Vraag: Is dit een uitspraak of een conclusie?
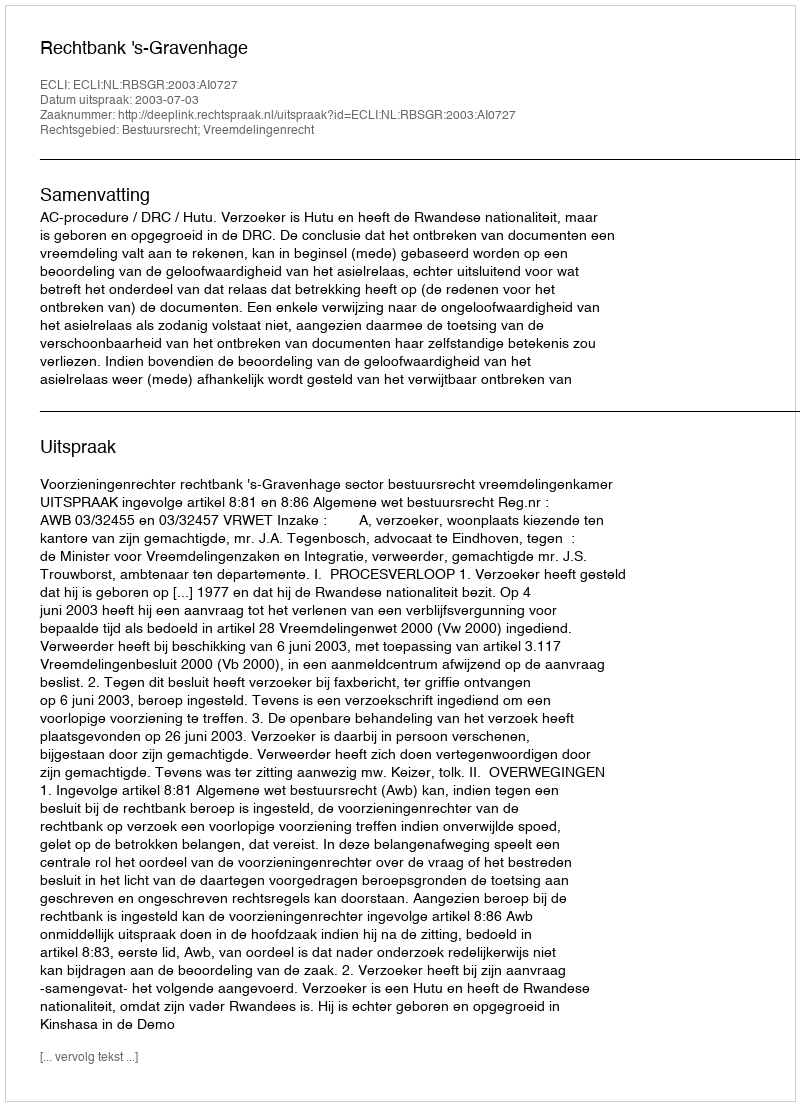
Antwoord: Uitspraak